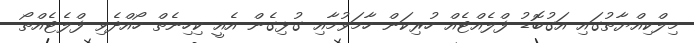
މިލްކިއްޔާތުގައި އަގުބޮޑު ފްލެއްޓެއް ހުރިކަން ހާމަވުމާއި ގުޅިގެން އެއީ ކިހިނެތް ހޯއްދެވި ފްލެޓެއްތޯ